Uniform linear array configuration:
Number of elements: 16
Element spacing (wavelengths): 0.25
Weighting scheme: cosine
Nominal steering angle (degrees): -60
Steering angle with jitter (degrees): -59.077
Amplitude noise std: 0.05
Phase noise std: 0.05

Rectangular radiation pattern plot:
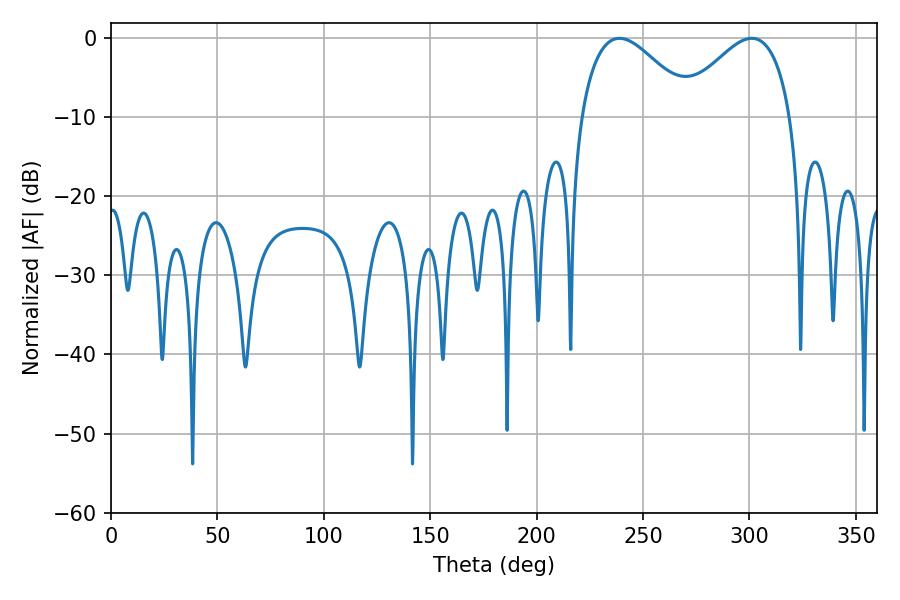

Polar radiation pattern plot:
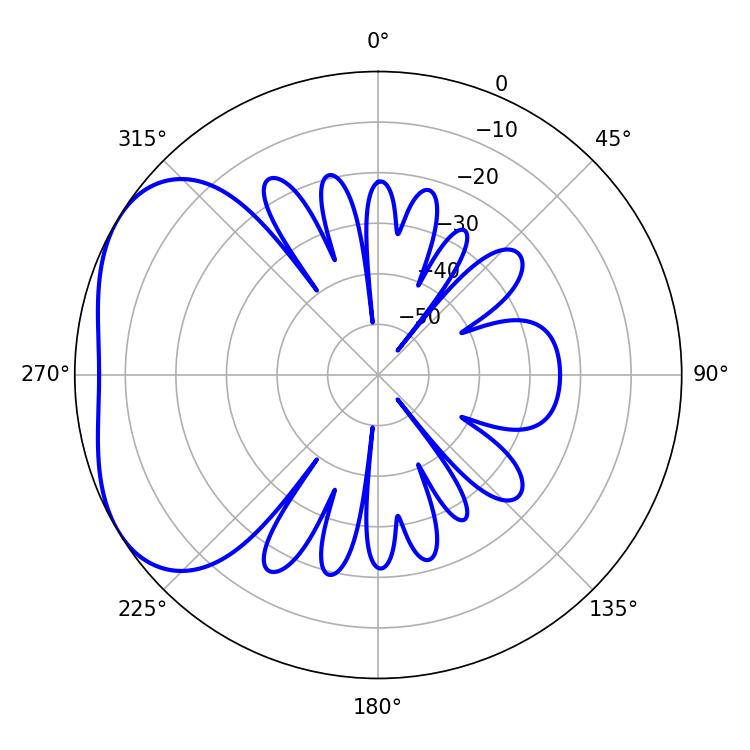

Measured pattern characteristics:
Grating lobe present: FALSE
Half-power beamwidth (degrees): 28.44
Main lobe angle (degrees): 238.86